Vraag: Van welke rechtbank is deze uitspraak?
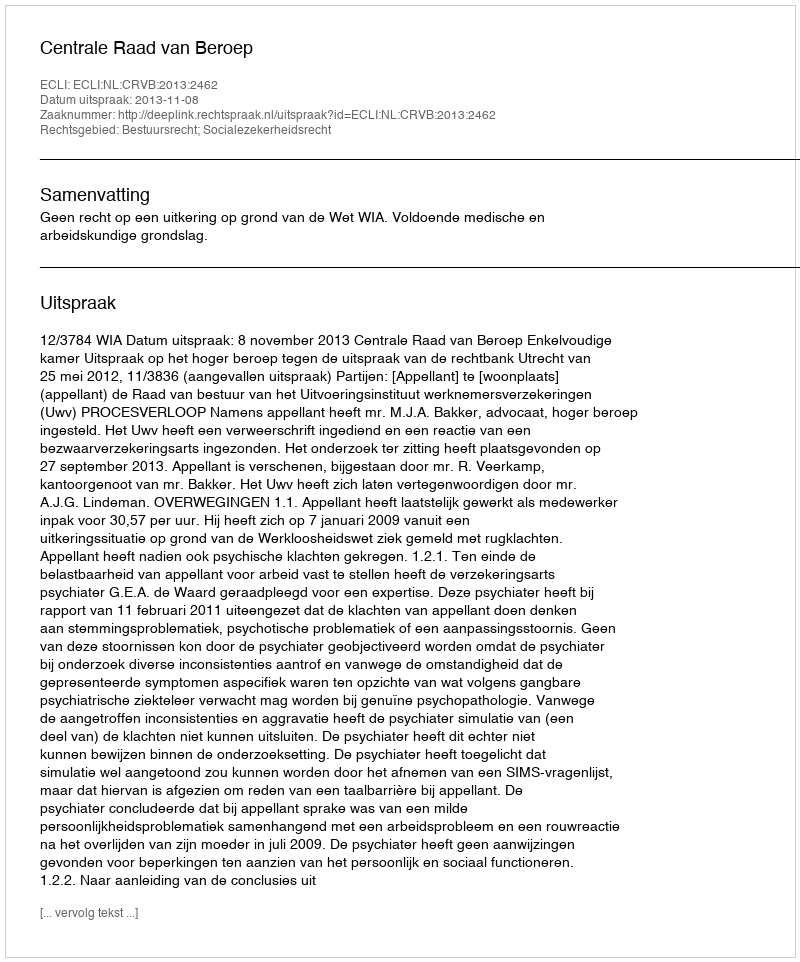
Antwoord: Centrale Raad van Beroep